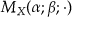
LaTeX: M _ { X } ( \alpha ; \beta ; \cdot )